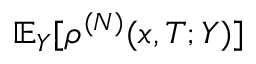
\mathbb { E } _ { Y } [ \rho ^ { ( N ) } ( x , T ; Y ) ]